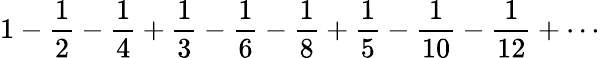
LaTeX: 1-{\frac{1}{2}}-{\frac{1}{4}}+{\frac{1}{3}}-{\frac{1}{6}}-{\frac{1}{8}}+{\frac{1}{5}}-{\frac{1}{10}}-{\frac{1}{12}}+\cdots